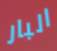
البار